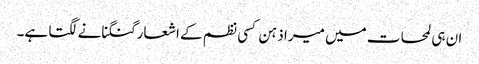
ان ہی لمحات میں میرا ذہن کسی نظم کے اشعار گنگنانے لگتا ہے۔